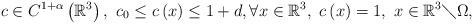
LaTeX: \begin{align*}c\in C^{1+\alpha }\left( \mathbb{R}^{3}\right) ,\ c_{0}\leq c\left( x\right)\leq 1+d,\forall x\in \mathbb{R}^{3},\ c\left( x\right) =1,\ x\in \mathbb{R}^{3}\diagdown \Omega , \end{align*}